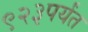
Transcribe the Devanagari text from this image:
९२३पर्यंत